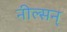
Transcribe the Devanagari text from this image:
नील्सन्